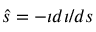
\hat { s } = - \iota d \iota / d s